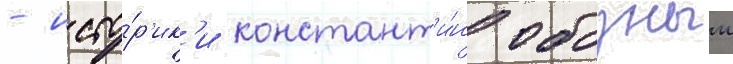
- исто́р'ик'и констант'и́н обозныи